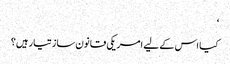
‘
کیا اس کے لیے امریکی قانون ساز تیار ہیں؟